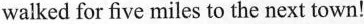
walked for five miles to the next town!